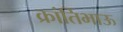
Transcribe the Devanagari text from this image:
क्रांतिभाऊ